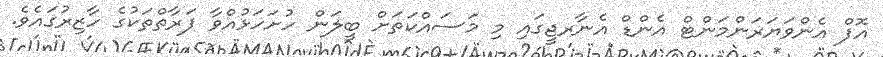
އޮފް އެންވަޔަރަންމަންޓް އެންޑް އެނާރޖީގައި މި މަސައްކަތަށް ބީލަން ހުށަހަޅުއްވާ ފަރާތްތަކުގެ ހާޒިރުގައެވެ.